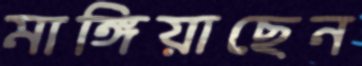
মাঙ্গিয়াছেন